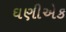
ઘણીએક